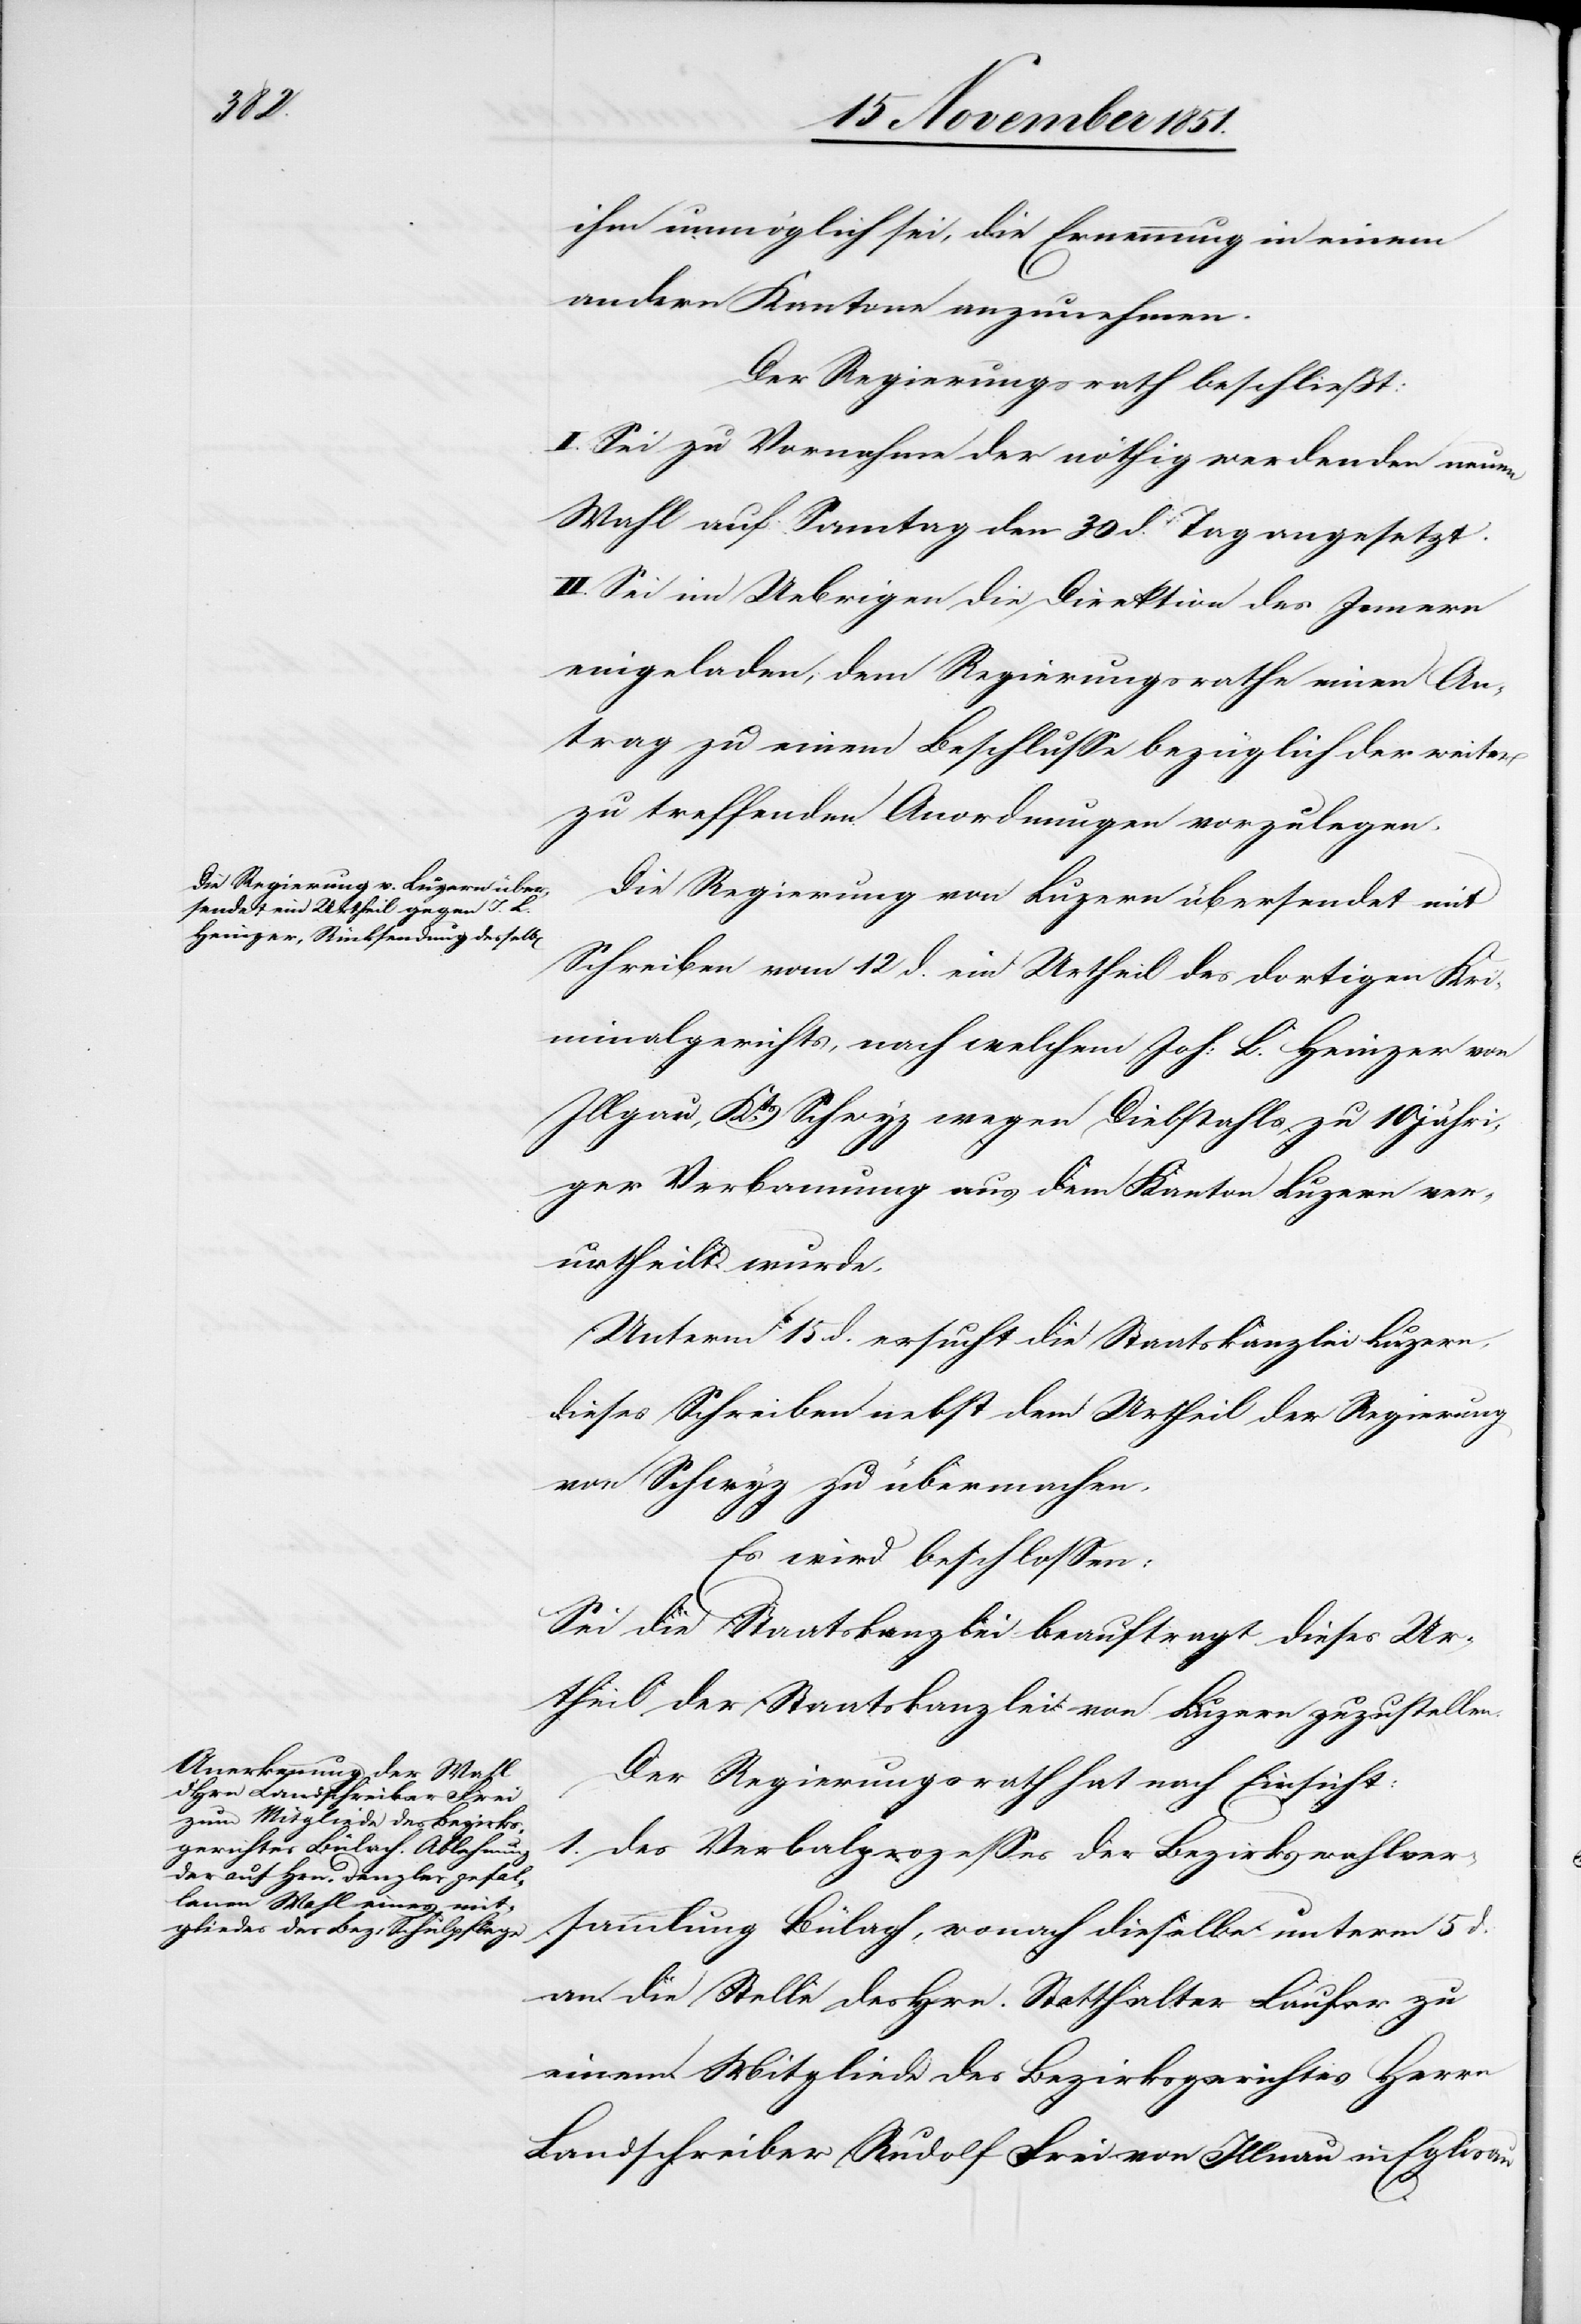
ihm unmöglich sei, die Ernennung in einem
andern Kantone anzunehmen.
Der Regierungsrath beschließt:
I. Sei zu Vornahme der nöthig werdenden neuen
Wahl auf Sonntag den 30 d. Tag angesetzt.
II. Sei im Uebrigen die Direktion des Innern
eingeladen, dem Regierungsrathe einen An¬
trag zu einem Beschlusse bezüglich der weiter
zu treffenden Anordnungen vorzulegen.
Die Regierung von Luzern übersendet mit
Schreiben vom 12 d. ein Urtheil des dortigen Kri¬
minalgerichts, nach welchem Joh: L. Heinzer von
Illgau, Kts. Schwyz wegen Diebstahls zu 10 jähri¬
ger Verbannung aus dem Kanton Luzern ver¬
urtheilt wurde.
Unterm 15 d. ersucht die Staatskanzlei Luzern,
dieses Schreiben nebst dem Urtheil der Regierung
von Schwyz zu übermachen.
Es wird beschlossen:
Sei die Staatskanzlei beauftragt dieses Ur¬
theil der Staatskanzlei von Luzern zuzustellen.
Der Regierungsrath hat nach Einsicht,
1. des Verbalprozesses der Bezirkswahlver¬
sammlung Bülach, wonach dieselbe unterm 5 d.
an die Stelle des Hrn. Statthalter Laufer zu
einem Mitgliede des Bezirksgerichtes Herrn
Landschreiber Rudolf Frei von Illnau in Eglisau